Vaccination in Burma 1920-1933 - 1920-1933
Year: 1920
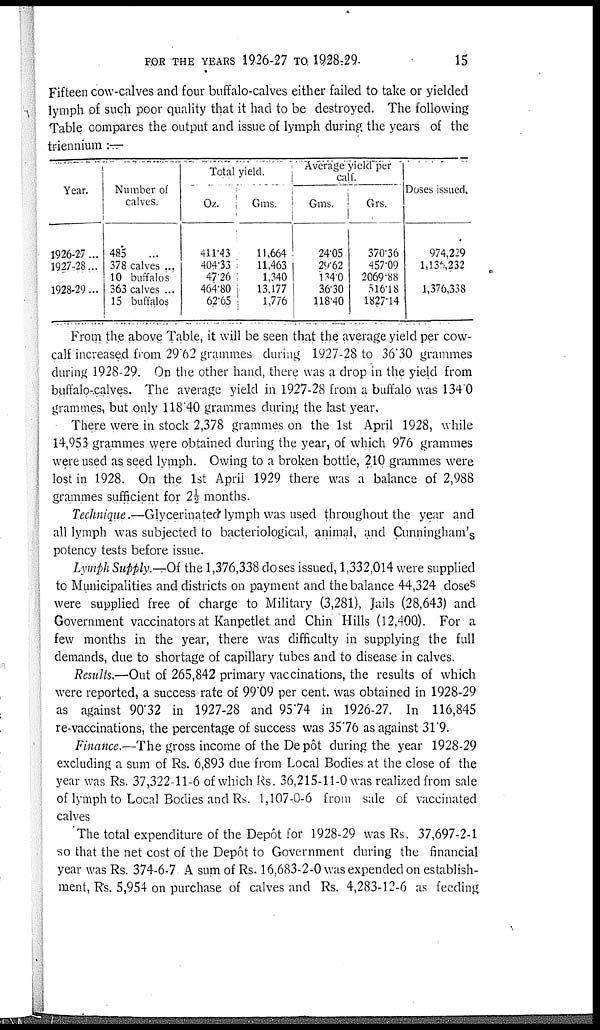
FOR THE YEARS 1926-27 TO 1928-29.
15
Fifteen cow-calves and four buffalo-calves either failed to take or yielded
lymph of such poor quality that it had to be destroyed. The following
Table compares the output and issue of lymph during the years of the
triennium :—
Year.
1926-27...
1927-28...
1928-29...
Number of
calves.
485
...
378 calves ...
10 buffalos ...
363 calves ...
15 buffalos
Total yield.
Oz.
411.43
404.33
47.26
464.80
62.65
Gms.
11,664
11,463
1,340
13,177
1,776
Average yield per
calf.
Gms.
24.05
29.62
134.0
36.30
118.40
Grs.
370.36
457.09
2069.88
516.18
1827.14
Doses issued.
974,229
1,136,232
1,376,338
From the above Table, it will be seen that the average yield per cow-
calf increased from 29.62 grammes during 1927-28 to 36.30 grammes
during 1928-29. On the other hand, there was a drop in the yield from
buffalo-calves. The average yield in 1927-28 from a buffalo was 134.0
grammes, but only 118.40 grammes during the last year.
There were in stock 2,378 grammes on the 1st April 1928, while
14,953 grammes were obtained during the year, of which 976 grammes
were used as seed lymph. Owing to a broken bottle, 210 grammes were
lost in 1928. On the 1st April 1929 there was a balance of 2,988
grammes sufficient for 2½ months.
Technique.—Glycerinated lymph was used throughout the year and
all lymph was subjected to bacteriological, animal, and Cunningham's
potency tests before issue.
Lymph Supply.—Of the 1,376,338 doses issued, 1,332,014 were supplied
to Municipalities and districts on payment and the balance 44,324 doses
were supplied free of charge to Military (3,281), Jails (28,643) and
Government vaccinators at Kanpetlet and Chin Hills (12,400). For a
few months in the year, there was difficulty in supplying the full
demands, due to shortage of capillary tubes and to disease in calves.
Results.—Out of 265,842 primary vaccinations, the results of which
were reported, a success rate of 99.09 per cent. was obtained in 1928-29
as against 90.32 in 1927-28 and 95.74 in 1926-27. In 116,845
re-vaccinations, the percentage of success was 35.76 as against 31.9.
Finance.—The gross income of the Depôt during the year 1928-29
excluding a sum of Rs. 6,893 due from Local Bodies at the close of the
year was Rs. 37,322-11-6 of which Rs. 36,215-11-0 was realized from sale
of lymph to Local Bodies and Rs. 1,107-0-6 from sale of vaccinated
calves
The total expenditure of the Depôt for 1928-29 was Rs. 37,697-2-1
so that the net cost of the Depôt to Government during the financial
year was Rs. 374-6-7 A sum of Rs. 16,683-2-0 was expended on establish-
ment, Rs. 5,954 on purchase of calves and Rs. 4,283-12-6 as feeding